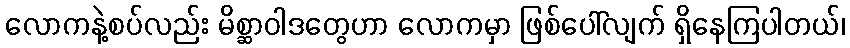
လောကနဲ့စပ်လည်း မိစ္ဆာဝါဒတွေဟာ လောကမှာ ဖြစ်ပေါ်လျက် ရှိနေကြပါတယ်၊